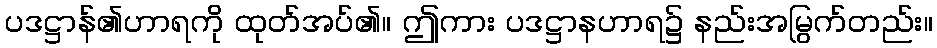
ပဒဋ္ဌာန်၏ဟာရကို ထုတ်အပ်၏။ ဤကား ပဒဋ္ဌာနဟာရ၌ နည်းအမြွက်တည်း။